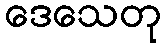
ဒေသေတု